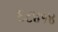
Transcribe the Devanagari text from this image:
६८४१४